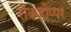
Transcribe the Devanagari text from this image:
रॉकहोप्पर